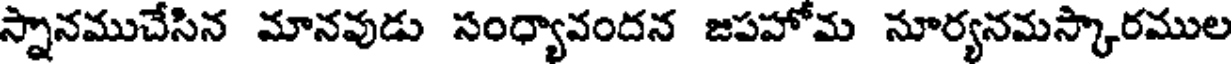
స్నానముచేసిన మానవుడు సంధ్యావందన జపహోమ నూర్యనమస్కారముల